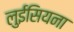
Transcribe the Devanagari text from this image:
लुईसियना